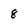
Character: 8